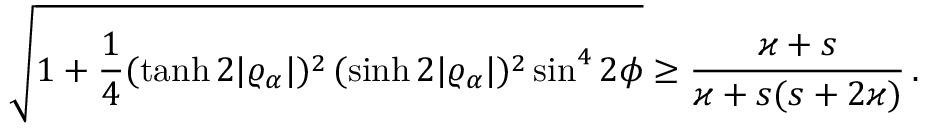
\sqrt { 1 + \frac { 1 } { 4 } ( \operatorname { t a n h } 2 \vert \varrho _ { \alpha } \vert ) ^ { 2 } \, ( \sinh 2 \vert \varrho _ { \alpha } \vert ) ^ { 2 } \sin ^ { 4 } 2 \phi } \geq \frac { \varkappa + s } { \varkappa + s ( s + 2 \varkappa ) } \, .